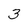
Character: 3